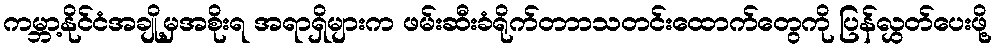
ကမ္ဘာ့နိုင်ငံအချို့မှအစိုးရ အရာရှိများက ဖမ်းဆီးခံရိုက်တာာသတင်းထောက်တွေကို ပြန်လွှတ်ပေးဖို့